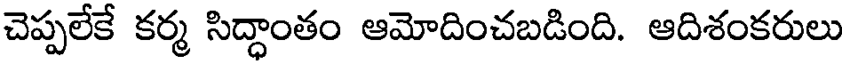
చెప్పలేకే కర్మ సిద్ధాంతం ఆమోదించబడింది. ఆదిశంకరులు